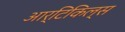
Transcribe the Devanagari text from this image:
आर्टिकिल्स